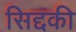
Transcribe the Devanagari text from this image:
सिद्दकी